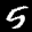
Label: 5